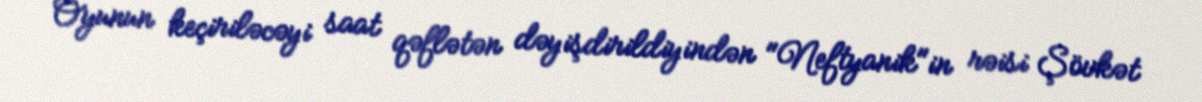
Oyunun keçiriləcəyi saat qəflətən dəyişdirildiyindən "Neftyanik"in rəisi Şövkət